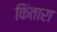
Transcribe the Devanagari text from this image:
किंतारा